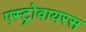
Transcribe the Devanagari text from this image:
एस्ट्रोवायरस